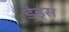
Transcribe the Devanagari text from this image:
डेड्स